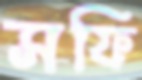
সফি